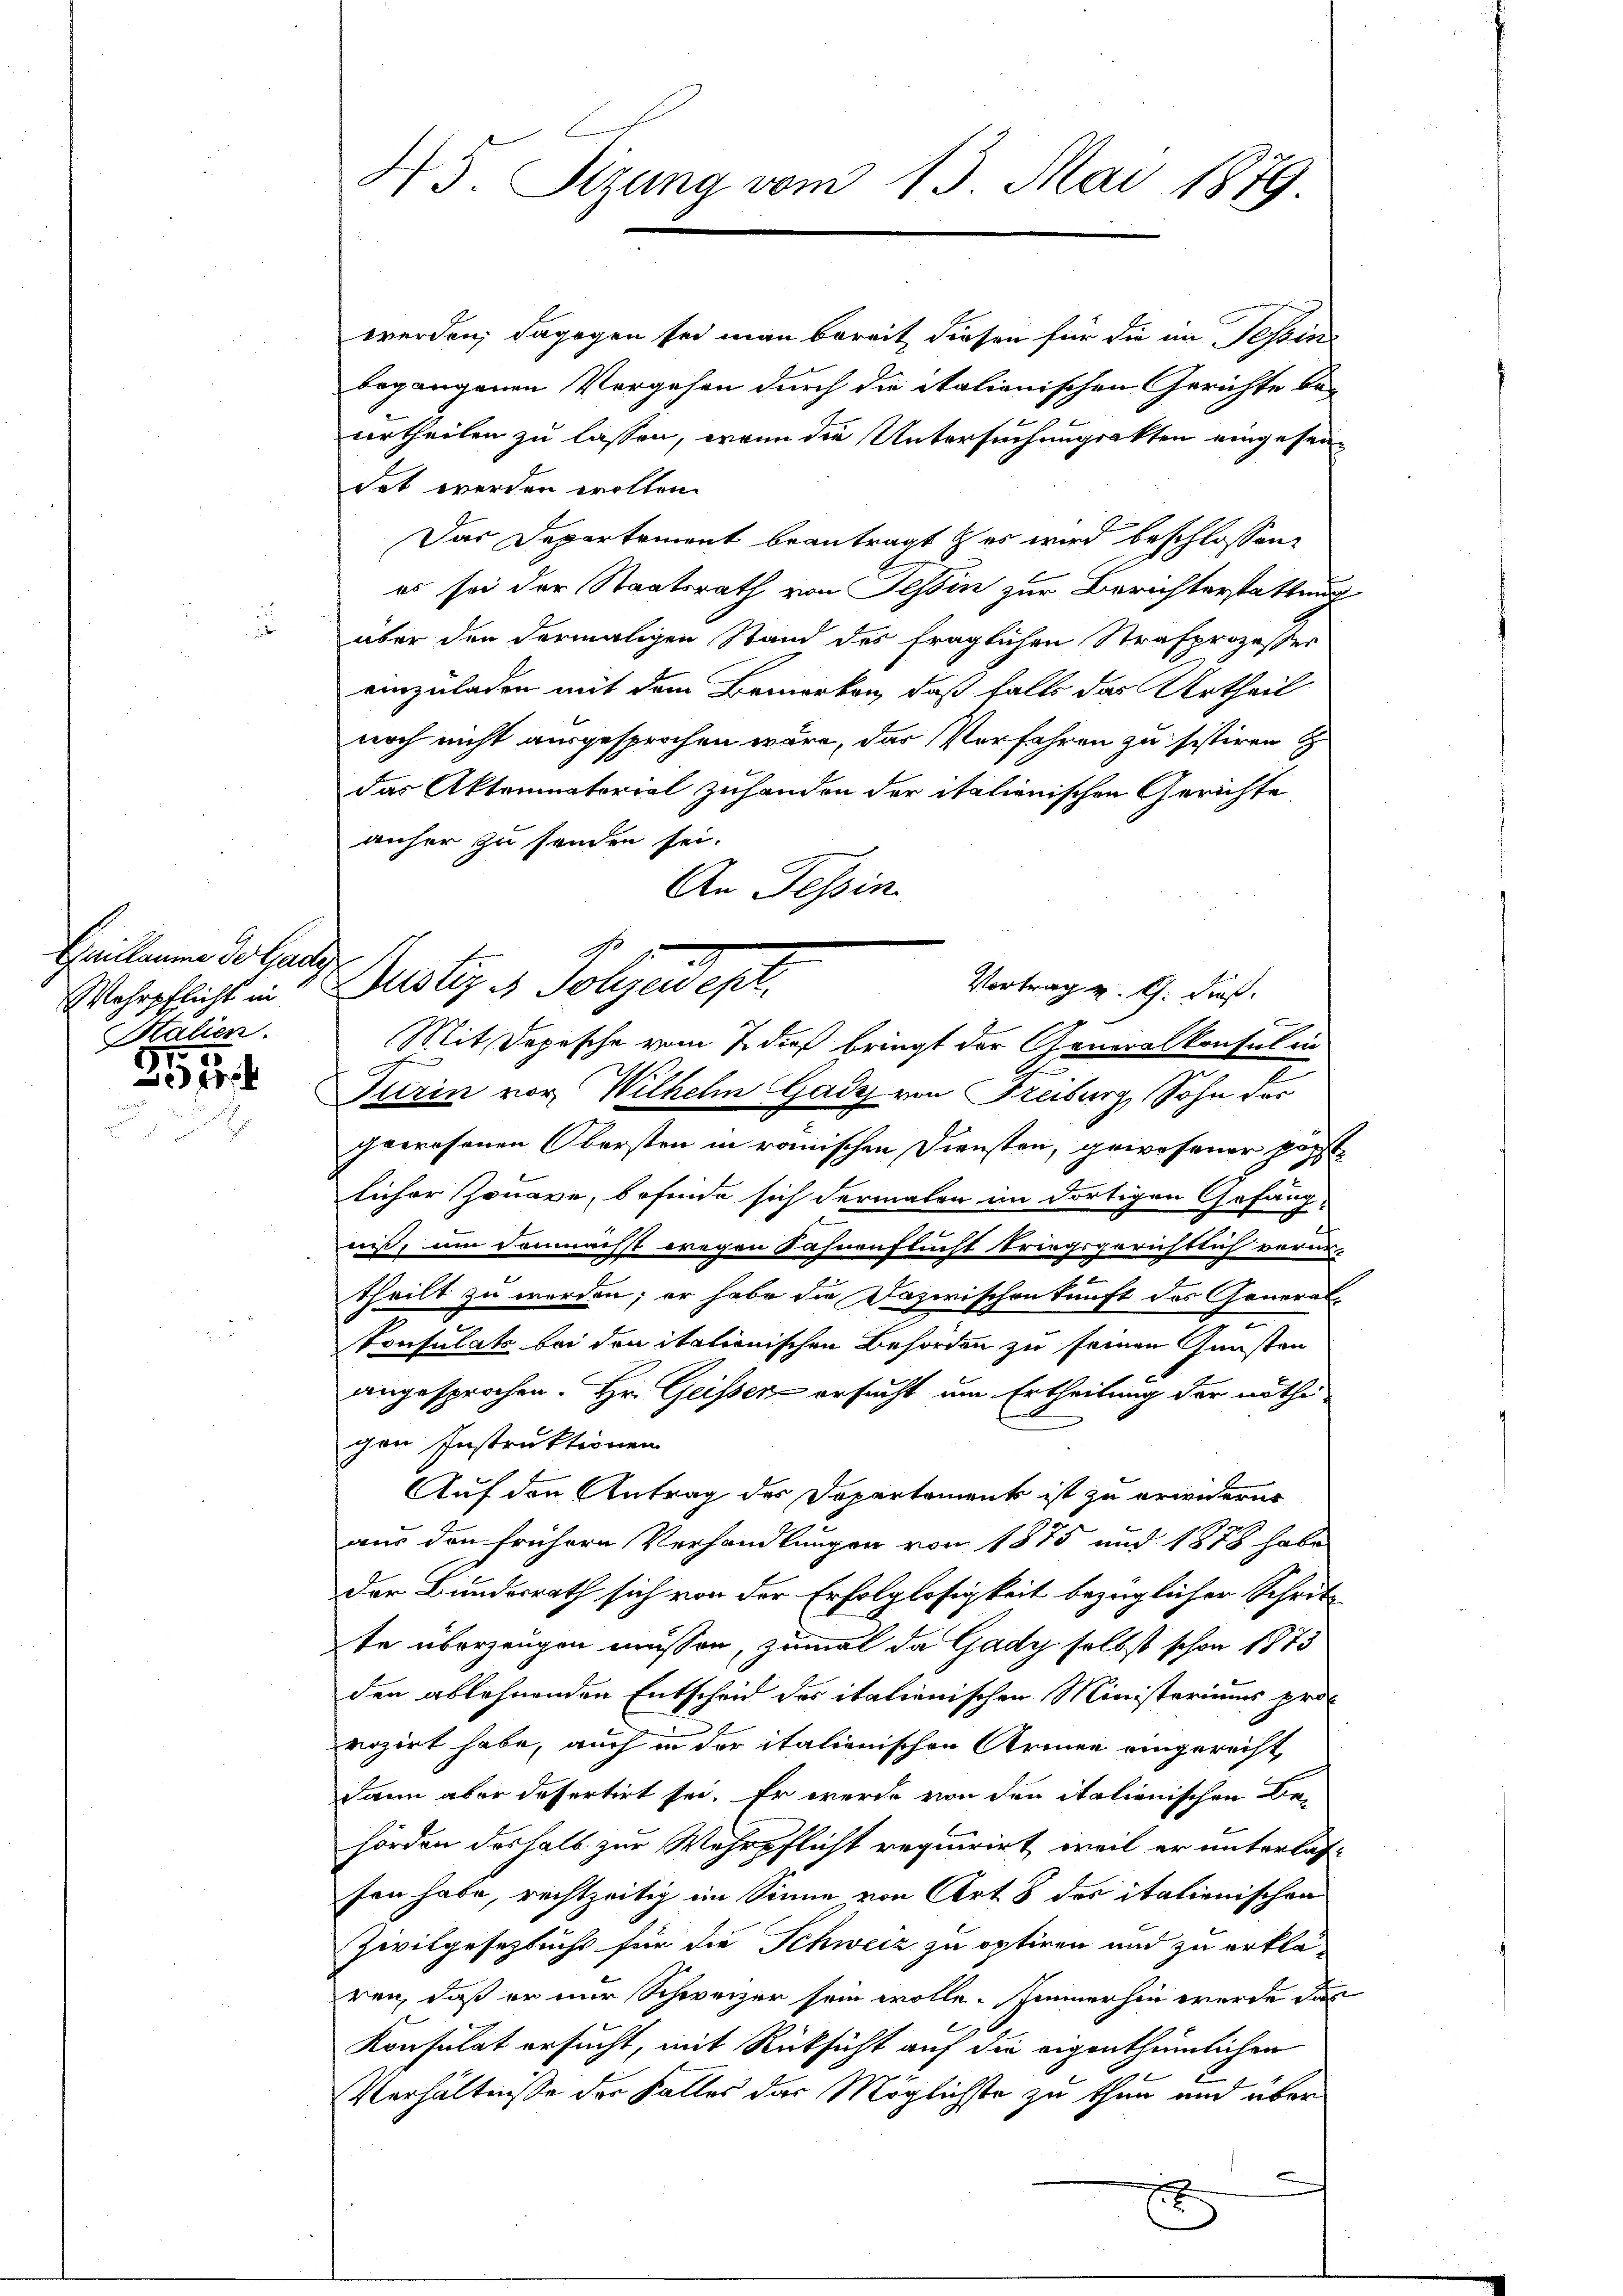
Grillaume der Gady
Wehrpflicht in
Stalien.

315.

45. Sizung vom 13. Mai 1879.

An Tessin
Bestig in Folgendest.
Vortrag v. Ch. dies

werden; dagegen sei man bereit diesen für die an Tessini
begangenen Vorgehen durch die italienischen Gerichte be-
urtheilen zu lassen, wenn die Untersuchungsakten eingesandet werden wollen.
Das Departement beantragt es wird beschlossen,
es sei der Staatsrath von Tessin zur Berichterstattung
über den dermaligen Stand des fraglichen Strafprozesser
einzuladen mit dem Bemerken, daß falls das Urtheil
noch nicht ausgesprochen wäre, das Verfahren zu sistiren
das Aktominatorial zuhanden der italienischen Gerichte
anher zu senden sei.
Mit Depesche vom 7. dieß bringt der Generalkonsul in
Turin vor, Wilhelm Gady von Freiburg, Sohn der
peerosonen Obersten in römischen Diensten, gewesener pöss
licher Jonare, befinde sich dermalen im dortigen Gefäng-
niß, um demnacht wegen Fähnenflucht kriegsgerichtlich vorur-
e
theilt zu werden; er habe die Dazwischenkunft des General¬
.
Consulats bei den itationischen Behörden zu seinen Gunsten
angesprochen. Hr. Geissen ersucht um Ertheilung der nöthi
gen Instruktionen
Auf den Antrag des Departement ist zu erwidern
aus den frühern Verhandlungen von 1875 und 1878 habe
der Bundesrath sich von der Erfolglosigkeit bezüglicher Schritte überzeugen müssen, zumal da Gady selbst schon 1873
den ablehnenden Entscheid des italienischen Ministeriums provozirt habe, auch in der italienischen Armen eingerecht,
Dann aber dessertirt sei. Er werde von den italienischen Be-
hörden deshalb zur Wehrpflicht requirirt, weil er unterlas-
sen habe, rechtzeitig im Sinne von Art. 8 des italienischen
Zivilgesetzbuchs für die Schweiz zu optiren und zu erklä-
ren, daß er nur Schweizer sein wolle. Immerhin werde das
Konsulat ersucht, mit Rücksicht auf die eigenthümlichen
Verhältnisse der Falles das Möglichste zu thun und über